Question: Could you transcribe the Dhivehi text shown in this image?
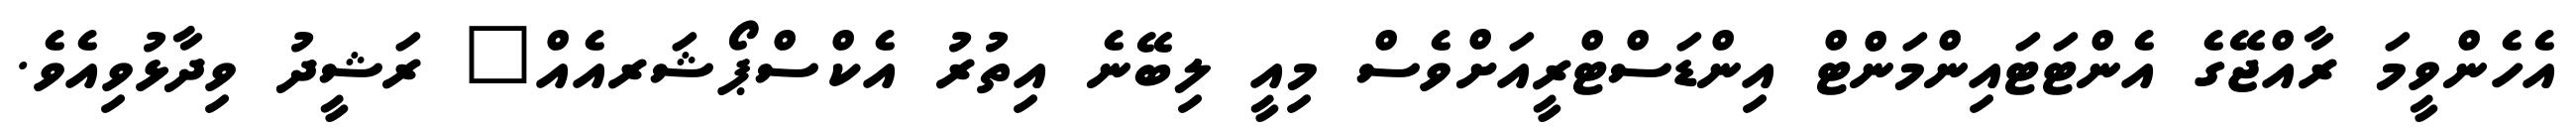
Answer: އެހެންވީމަ ރާއްޖޭގެ އެންޓަޓައިންމަންޓް އިންޑަސްޓްރީއަށްވެސް މިއީ ލިބޭނެ އިތުރު އެކްސްޕޯޝަރއެއް" ރަޝީދު ވިދާޅުވިއެވެ.